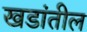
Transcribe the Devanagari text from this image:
खडांतील